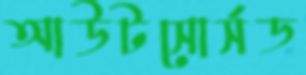
আউটসোর্সড